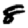
Digit: 8